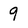
Character: 9